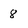
Character: 8